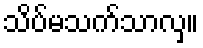
သိပ်မသက်သာလှ။